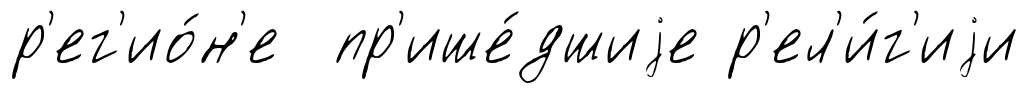
р'ег'ио́н'е пр'ише́дшиjе р'ел'и́г'иjи